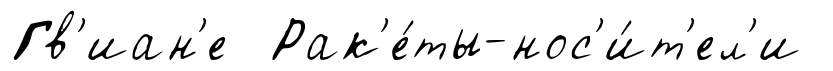
Гв'иан'е Рак'е́ты-нос'и́т'ел'и